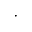
\cdot